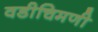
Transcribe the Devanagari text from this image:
वडीचिमणी